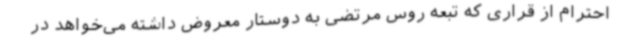
احترام از قراری که تبعه روس مرتضی به دوستار معروض داشته می‌خواهد در